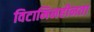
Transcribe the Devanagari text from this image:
विटामिनहीनता